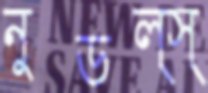
নুডল্স্